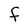
Character: F